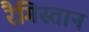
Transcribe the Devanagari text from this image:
रैगिस्तान